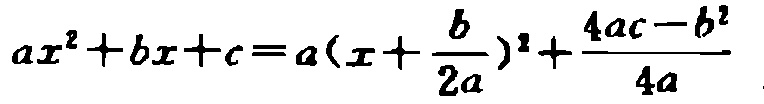
\(ax^{2}+bx + c=a\left(x+\frac{b}{2a}\right)^{2}+\frac{4ac - b^{2}}{4a}\)